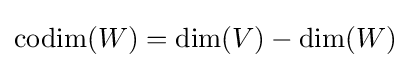
\operatorname {codim} (W)=\dim(V)-\dim(W)